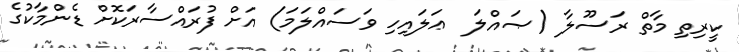
ކީރިތި މާތް ރަސޫލާ (ޞައްލަ  ޢަލައިހި ވަސައްލަމަ) އަށް ފުރައްސާރަކޮށް ޑެންމާކުގެ